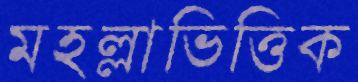
মহল্লাভিত্তিক